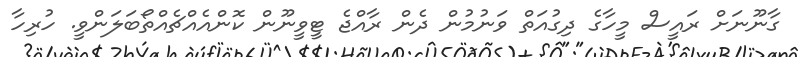
ގާނޫނަށް ރައީސް މީހާގެ ދިގުއަތް ވަނުމުން ދެން ރާއްޖެ ޓީވީނޫން ކޮންއެއްޗެއްތޯބަލަންވީ. ހުރިހާ